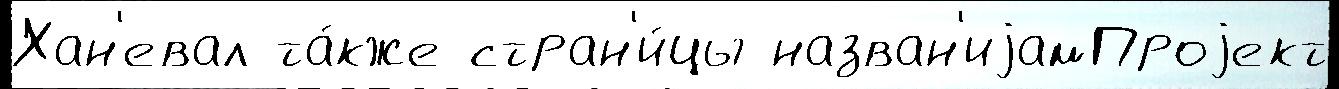
Хан'евал та́кже стран'и́цы назван'иjамПроjект